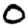
Digit: 0